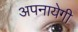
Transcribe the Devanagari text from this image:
अपनायेगी